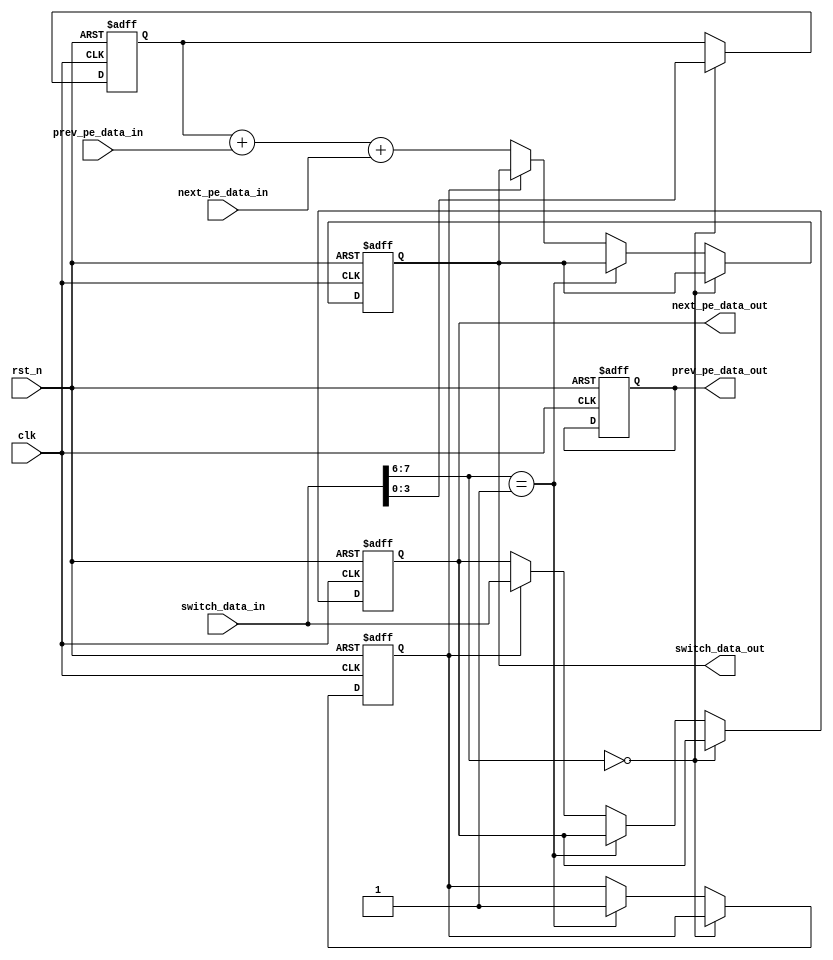
// This program was cloned from: https://github.com/vrteee/tt07-mini-aie-cgra
// License: Apache License 2.0

// data_in[7:6] -> state
//   state = 00: CONFIG(WEIGHT)
//   state = 01: CONFIG(NEXT_PE, OP)
//   state = 10: START(OPERAND)
//   state = 11: END(OUTPUT)

module compute_tile
(
    input wire clk, 
    input wire rst_n,
    input [7:0] switch_data_in,
    output reg [7:0] switch_data_out,
    output reg [7:0] next_pe_data_out,
    input [7:0] next_pe_data_in,
    input [7:0] prev_pe_data_in,
    output reg [7:0] prev_pe_data_out
);

    reg op_type;
    reg [3:0] weight;

    reg has_next_core;
    reg next_core_offset;

    always @(posedge clk or negedge rst_n) begin
        if (!rst_n) begin
            op_type <= 1'b0;
            weight <= 4'b0000;
            next_pe_data_out <= 8'b00000000;
            prev_pe_data_out <= 8'b00000000;

            has_next_core <= 1'b0;
            next_core_offset <= 1'b0;
            switch_data_out <= 8'b00000000;
        
        end else if (switch_data_in[7:6] == 2'b00) begin
            // $display("compute_tile config weight: %d", switch_data_in);
            weight <= switch_data_in[3:0];
        
        end else if (switch_data_in[7:6] == 2'b01) begin
            has_next_core <= 1'b1;
            next_core_offset <= switch_data_in[4];
            op_type <= switch_data_in[0];
        
        end else begin
            if (has_next_core) begin
                next_pe_data_out <= switch_data_in;
                // case (next_core_offset)
                //     1'b0: next_pe_data_out <= switch_data_in;
                //     1'b1: prev_pe_data_out <= switch_data_in;
                // endcase
            end else begin
                switch_data_out <= weight + prev_pe_data_in + next_pe_data_in;
                // case (op_type) 
                //     1'b0: switch_data_out <= weight + prev_pe_data_in + next_pe_data_in;
                //     1'b1: switch_data_out <= weight & prev_pe_data_in & next_pe_data_in;
                // endcase    
            end
        end
    end
endmodule